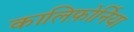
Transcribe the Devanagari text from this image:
कालिफ़ोर्निया